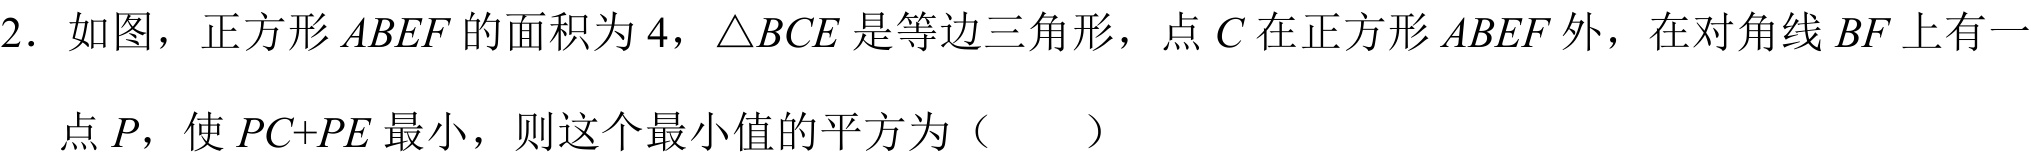
2. 如图，正方形$ABEF$的面积为$4$，$\triangle BCE$是等边三角形，点$C$在正方形$ABEF$外，在对角线$BF$上有一
点$P$，使$PC + PE$最小，则这个最小值的平方为（  ）